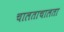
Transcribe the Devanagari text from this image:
चालताचालता